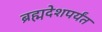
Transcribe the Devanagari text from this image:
ब्रह्मदेशपर्यंत